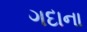
ગદાના